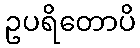
ဥပရိတောပိ